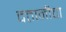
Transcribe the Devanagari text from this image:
दत्तानीचा